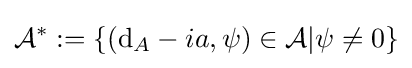
{\mathcal {A}}^{*}:=\{(\mathrm {d} _{A}-ia,\psi )\in {\mathcal {A}}|\psi \neq 0\}